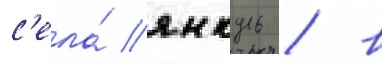
с'ела́ янкуль / в